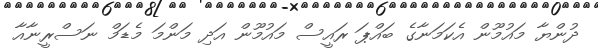
ދުންޔާ މައުމޫން އެކަމަނާގެ ބައްޕަ ރައީސް މައުމޫން އަދި މަންމަ މެޑަމް ނަސްރީނާއާ